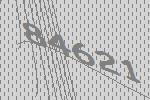
84621